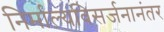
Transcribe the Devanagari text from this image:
निर्माल्यविसर्जनानंतर